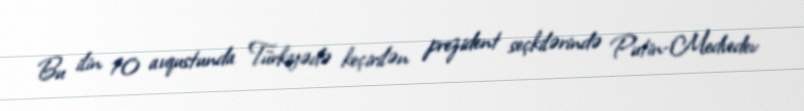
Bu ilin 10 avqustunda Türkiyədə keçirilən prezident seçkilərində Putin-Medvedev